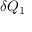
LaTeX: \delta Q _ { 1 }